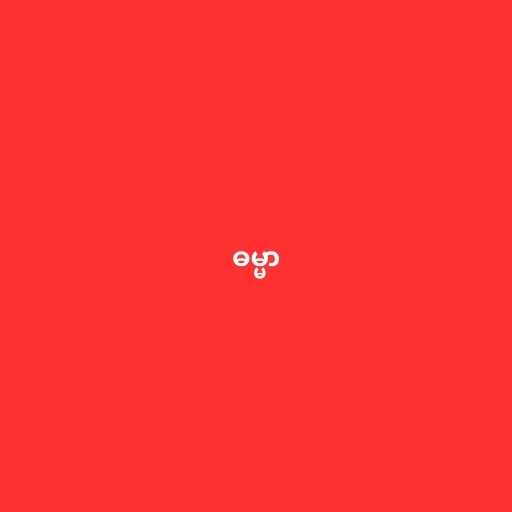
ဓမ္မာ